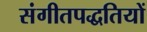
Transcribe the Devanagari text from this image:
संगीतपद्धतियों